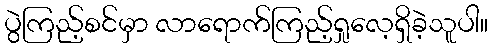
ပွဲကြည့်စင်မှာ လာရောက်ကြည့်ရှုလေ့ရှိခဲ့သူပါ။